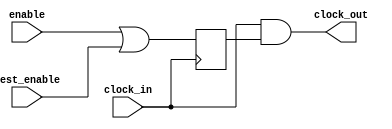
// 
//  Project:     VerSiTile-BuildingBlocks                                     
//  Website:     louis-dr.github.io                                           
//  License:     MIT License                                                  
// 
//  Description: Gate the clock with the enable signal using a latch-and      
//               architecture. It also has a second enable signal for test    
//               mode.                                                        
//                                                                            
//               This clock gater should be used as a behavioral model and    
//               replaced with a technology specific integrated clock gater.  
//                                                                            
// 



module clock_gater (
  input  clock_in,
  input  enable,
  input  test_enable,
  output clock_out
);

reg enable_latched;

always @(negedge clock_in) begin
  enable_latched <= enable | test_enable;
end

assign clock_out = clock_in & enable_latched;

endmodule